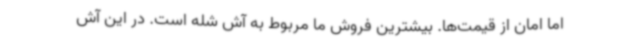
اما امان از قیمت‌ها. بیشترین فروش ما مربوط به آش شله است. در این آش